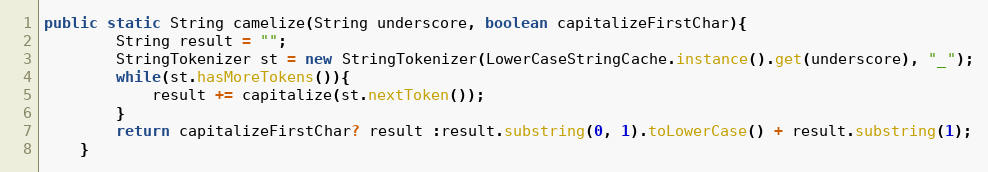
Language: Java
public static String camelize(String underscore, boolean capitalizeFirstChar){
        String result = "";
        StringTokenizer st = new StringTokenizer(LowerCaseStringCache.instance().get(underscore), "_");
        while(st.hasMoreTokens()){
            result += capitalize(st.nextToken());
        }
        return capitalizeFirstChar? result :result.substring(0, 1).toLowerCase() + result.substring(1);
    }